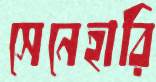
সেনেহারি